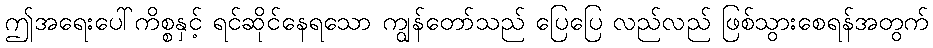
ဤအရေးပေါ်ကိစ္စနှင့် ရင်ဆိုင်နေရသော ကျွန်တော်သည် ပြေပြေ လည်လည် ဖြစ်သွားစေရန်အတွက်